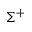
\Sigma ^ { + }